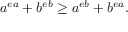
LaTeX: a ^ { e a } + b ^ { e b } \geq a ^ { e b } + b ^ { e a } .